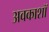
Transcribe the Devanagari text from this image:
अवकाशॉ